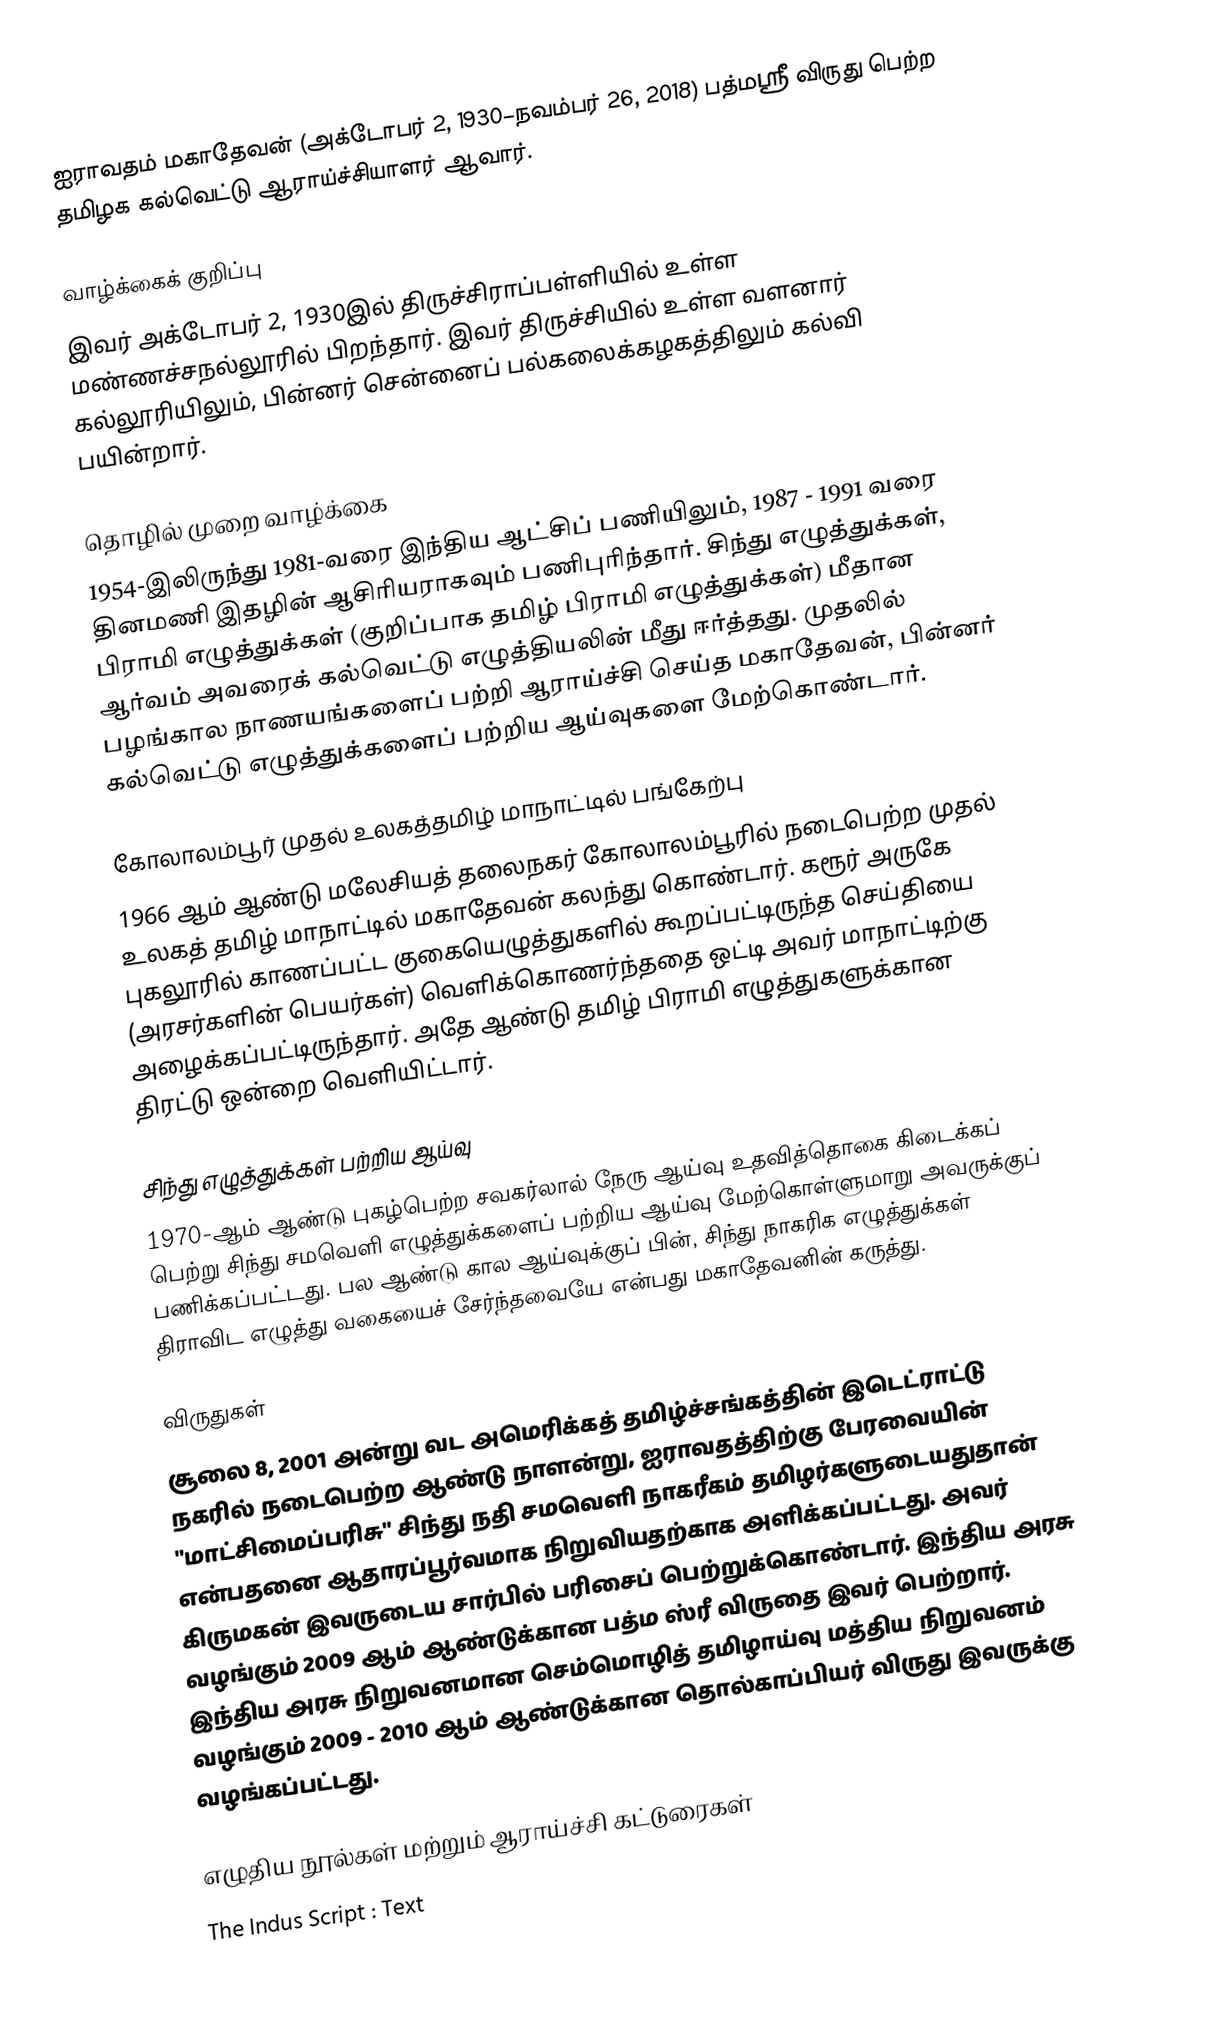
ஐராவதம் மகாதேவன் (அக்டோபர் 2, 1930–நவம்பர் 26, 2018) பத்மஸ்ரீ விருது பெற்ற தமிழக கல்வெட்டு ஆராய்ச்சியாளர் ஆவார்.

வாழ்க்கைக் குறிப்பு
இவர் அக்டோபர் 2, 1930இல் திருச்சிராப்பள்ளியில் உள்ள மண்ணச்சநல்லூரில் பிறந்தார். இவர் திருச்சியில் உள்ள வளனார் கல்லூரியிலும், பின்னர் சென்னைப் பல்கலைக்கழகத்திலும் கல்வி பயின்றார்.

தொழில் முறை வாழ்க்கை
1954-இலிருந்து 1981-வரை இந்திய ஆட்சிப் பணியிலும், 1987 - 1991 வரை தினமணி இதழின் ஆசிரியராகவும் பணிபுரிந்தார். சிந்து எழுத்துக்கள், பிராமி எழுத்துக்கள் (குறிப்பாக தமிழ் பிராமி எழுத்துக்கள்) மீதான ஆர்வம் அவரைக் கல்வெட்டு எழுத்தியலின் மீது ஈர்த்தது. முதலில் பழங்கால நாணயங்களைப் பற்றி ஆராய்ச்சி செய்த மகாதேவன், பின்னர் கல்வெட்டு எழுத்துக்களைப் பற்றிய ஆய்வுகளை மேற்கொண்டார்.

கோலாலம்பூர் முதல் உலகத்தமிழ் மாநாட்டில் பங்கேற்பு
1966 ஆம் ஆண்டு மலேசியத் தலைநகர் கோலாலம்பூரில் நடைபெற்ற முதல் உலகத் தமிழ் மாநாட்டில் மகாதேவன் கலந்து கொண்டார். கரூர் அருகே புகலூரில் காணப்பட்ட குகையெழுத்துகளில் கூறப்பட்டிருந்த செய்தியை (அரசர்களின் பெயர்கள்) வெளிக்கொணர்ந்ததை ஒட்டி அவர் மாநாட்டிற்கு அழைக்கப்பட்டிருந்தார். அதே ஆண்டு தமிழ் பிராமி எழுத்துகளுக்கான திரட்டு ஒன்றை வெளியிட்டார்.

சிந்து எழுத்துக்கள் பற்றிய ஆய்வு
1970-ஆம் ஆண்டு புகழ்பெற்ற சவகர்லால் நேரு ஆய்வு உதவித்தொகை கிடைக்கப் பெற்று சிந்து சமவெளி எழுத்துக்களைப் பற்றிய ஆய்வு மேற்கொள்ளுமாறு அவருக்குப் பணிக்கப்பட்டது. பல ஆண்டு கால ஆய்வுக்குப் பின், சிந்து நாகரிக எழுத்துக்கள் திராவிட எழுத்து வகையைச் சேர்ந்தவையே என்பது மகாதேவனின் கருத்து.

விருதுகள்
சூலை 8, 2001 அன்று வட அமெரிக்கத் தமிழ்ச்சங்கத்தின் இடெட்ராட்டு நகரில் நடைபெற்ற ஆண்டு நாளன்று, ஐராவதத்திற்கு பேரவையின் "மாட்சிமைப்பரிசு" சிந்து நதி சமவெளி நாகரீகம் தமிழர்களுடையதுதான் என்பதனை ஆதாரப்பூர்வமாக நிறுவியதற்காக அளிக்கப்பட்டது. அவர் கிருமகன் இவருடைய  சார்பில் பரிசைப் பெற்றுக்கொண்டார். இந்திய அரசு வழங்கும் 2009 ஆம் ஆண்டுக்கான பத்ம ஸ்ரீ விருதை இவர் பெற்றார். இந்திய அரசு நிறுவனமான செம்மொழித் தமிழாய்வு மத்திய நிறுவனம் வழங்கும் 2009 - 2010 ஆம் ஆண்டுக்கான தொல்காப்பியர் விருது இவருக்கு வழங்கப்பட்டது.

எழுதிய நூல்கள் மற்றும் ஆராய்ச்சி கட்டுரைகள்
 The Indus Script : Text